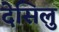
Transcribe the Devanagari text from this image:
देसिलु